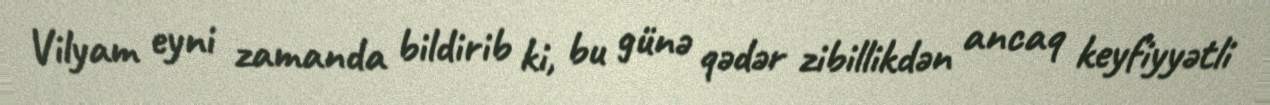
Vilyam eyni zamanda bildirib ki, bu günə qədər zibillikdən ancaq keyfiyyətli